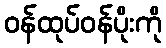
ဝန်ထုပ်ဝန်ပိုးကို